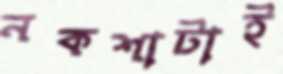
নকশাটাই